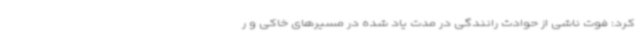
کرد: فوت ناشی از حوادث رانندگی در مدت یاد شده در مسیرهای خاکی و ر